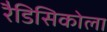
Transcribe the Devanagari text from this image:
रैडिसिकोला